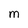
Character: m